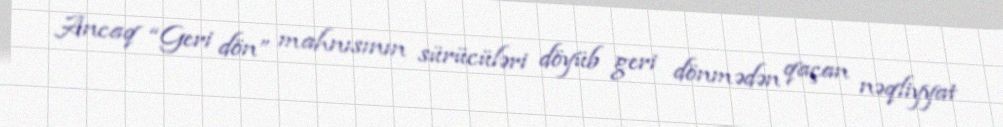
Ancaq “Geri dön” mahnısının sürücüləri döyüb geri dönmədən qaçan nəqliyyat